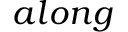
a l o n g